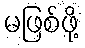
မဖြစ်ဖို့